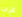
لارى